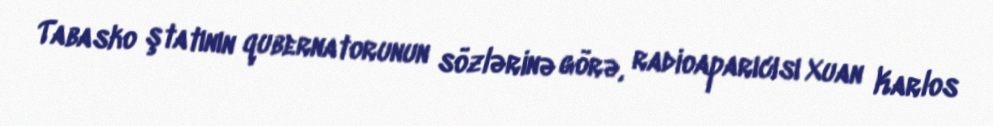
Tabasko ştatının qubernatorunun sözlərinə görə, radioaparıcısı Xuan Karlos